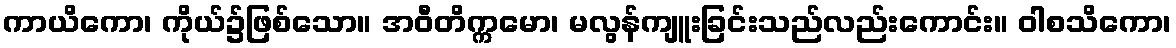
ကာယိကော၊ ကိုယ်၌ဖြစ်သော။ အဝီတိက္ကမော၊ မလွန်ကျူးခြင်းသည်လည်းကောင်း။ ဝါစသိကော၊